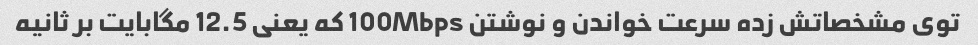
توی مشخصاتش زده سرعت خواندن و نوشتن 100Mbps که یعنی 12.5 مگابایت بر ثانیه